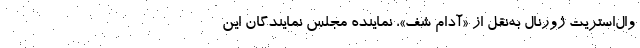
وال‌استریت ژورنال به‌نقل از «آدام شف»، نماینده مجلس نمایندگان این